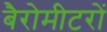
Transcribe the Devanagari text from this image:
बैरोमीटरों